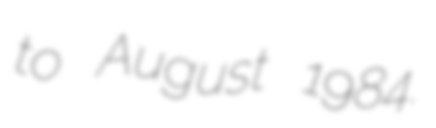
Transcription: to August 1984.